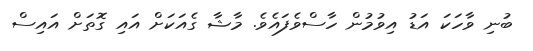
ބުނި ވާހަކަ އަޑު އިވުމުން ހާސްވެފައެވެ. މާޝާ ގެއަކަށް އައި ގޮތަށް އައިސް